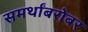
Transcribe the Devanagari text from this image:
समर्थांबरोबर